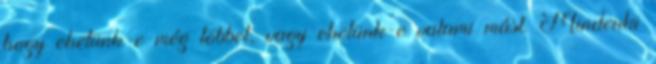
hogy ehetünk-e még többet, vagy ehetünk-e valami mást. Mindenki